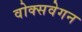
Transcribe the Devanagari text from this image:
वोक्सवेगन